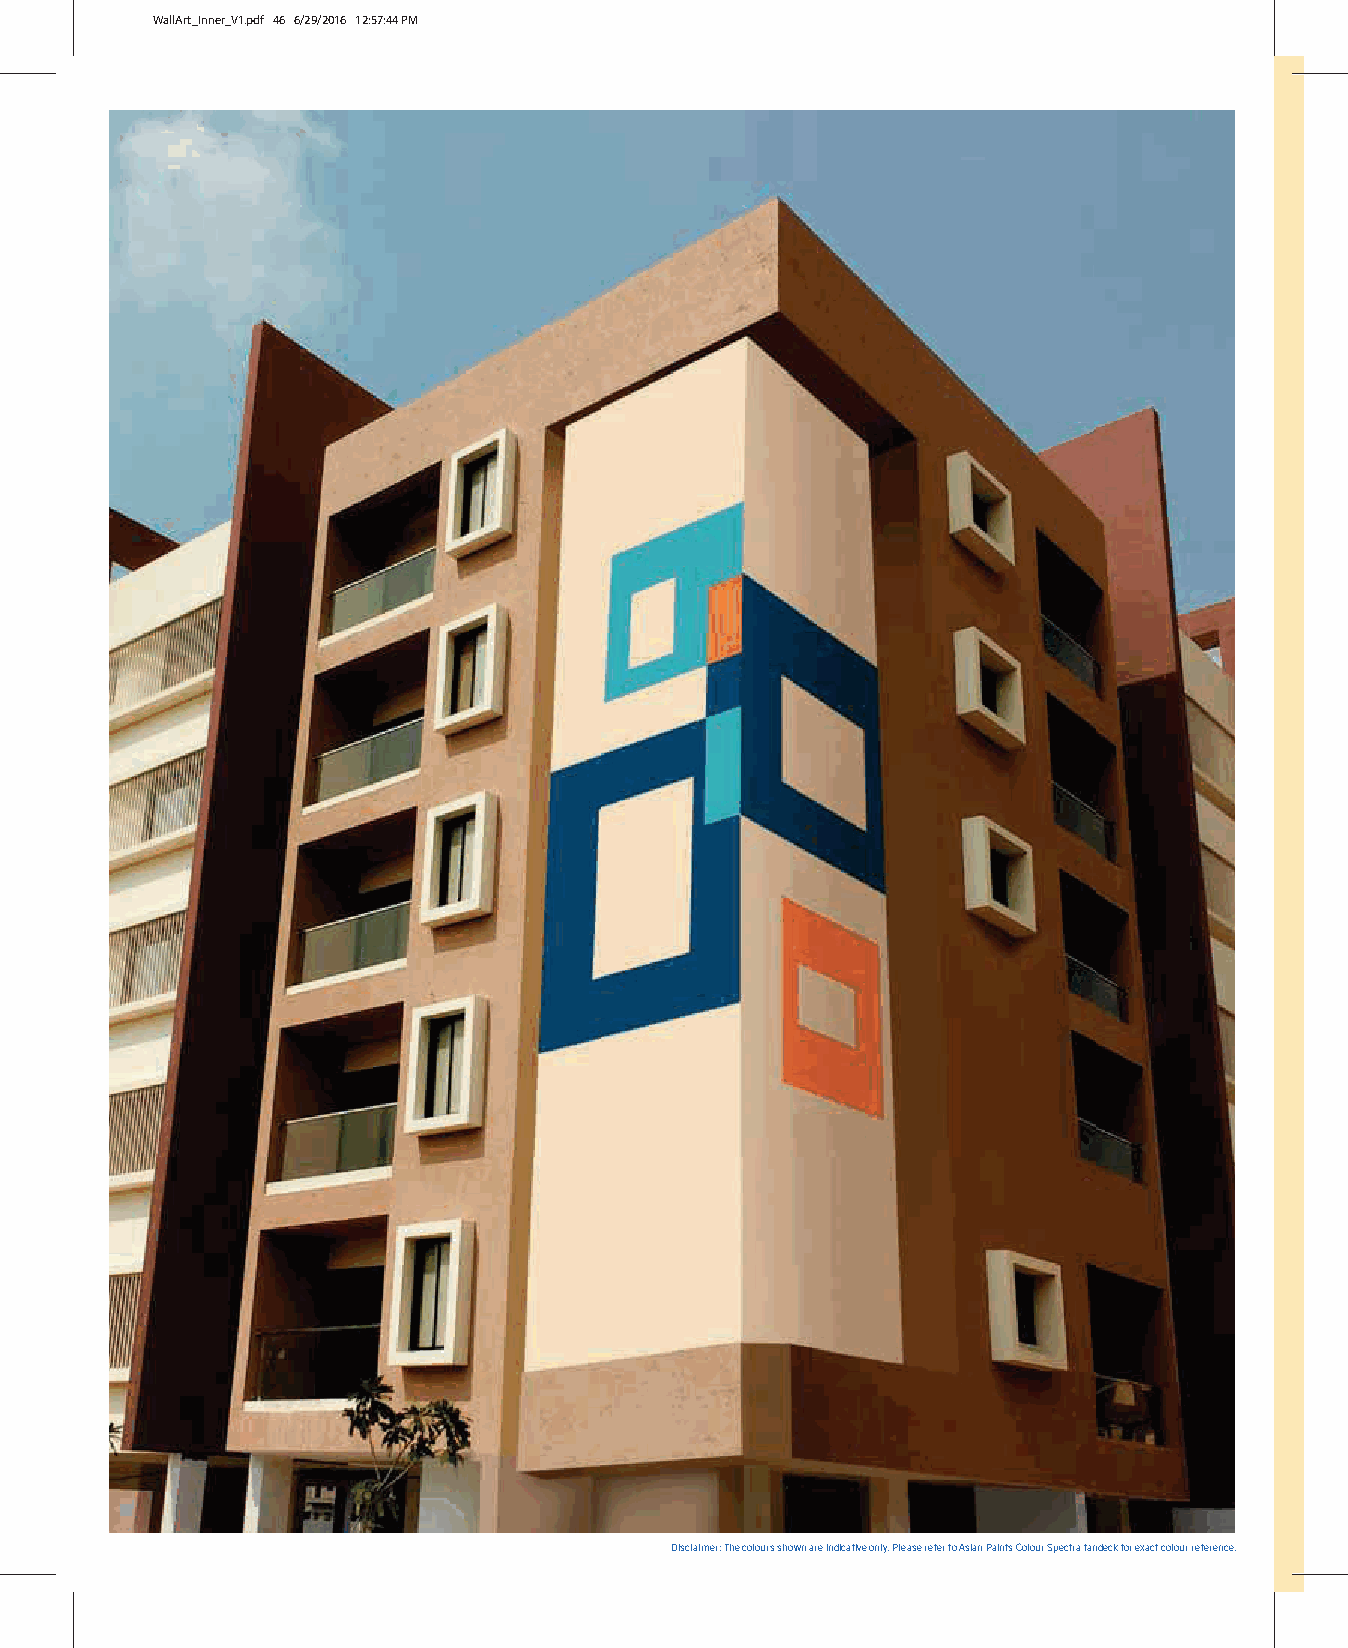
WallArt_Inner_V1.pdf 46 6/29/2016 12:57:44 PM
 Disclaimer: The colours shown are indicative only. Please refer to Asian Paints Colour Spectra fandeck for exact colour reference.